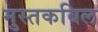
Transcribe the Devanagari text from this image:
मुस्तकबिल